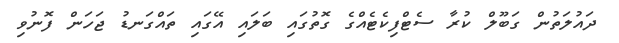
ދައުލަތުން ގަބޫލް ކުރާ ސެޓްފިކެޓެއްގެ ގޮތުގައި ބަލައި އޭގައި ތައްގަނޑު ޖަހަން ފޮނުވި